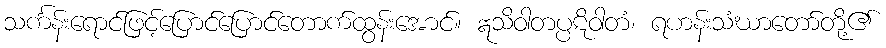
သင်္ကန်းရောင်ဖြင့်ပြောင်ပြောင်တောက်ထွန်းအောင်။ ဣသိဝါတပ္ပဋိဝါတံ၊ ရဟန်းသံဃာတော်တို့၏